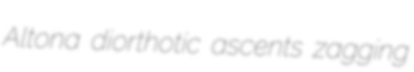
Altona diorthotic ascents zagging